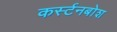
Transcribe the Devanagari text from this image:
कर्स्‍टनबोश